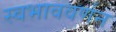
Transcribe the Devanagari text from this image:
स्वभाववर्णन